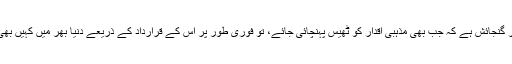
لیکن پھر بھی اس قرارداد میں اس قدر گنجائش ہے کہ جب بھی مذہبی اقدار کو ٹھیس پہنچائی جائے، تو فوری طور پر اس کے قرارداد کے ذریعے دنیا بھر میں کہیں بھی عدالتی چارہ جوئی کی جاسکتی ہے۔